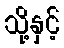
သို့နှင့်